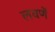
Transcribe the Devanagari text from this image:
लवणें